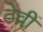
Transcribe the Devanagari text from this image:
ठेवीं